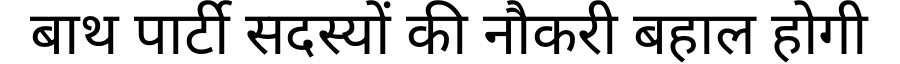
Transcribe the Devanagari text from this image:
बाथ पार्टी सदस्यों की नौकरी बहाल होगी